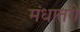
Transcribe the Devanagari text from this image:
मंधातरी